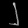
Digit: ၂